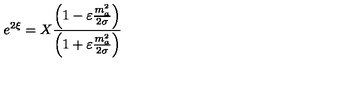
e ^ { 2 \xi } = X \frac { \left( 1 - \varepsilon \frac { m _ { a } ^ { 2 } } { 2 \sigma } \right) } { \left( 1 + \varepsilon \frac { m _ { a } ^ { 2 } } { 2 \sigma } \right) }